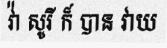
វ៉ា សូរី ក៏ បាន វាយ